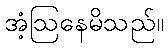
အံ့ဩနေမိသည်။